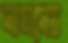
নামধেয়